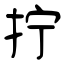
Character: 拧